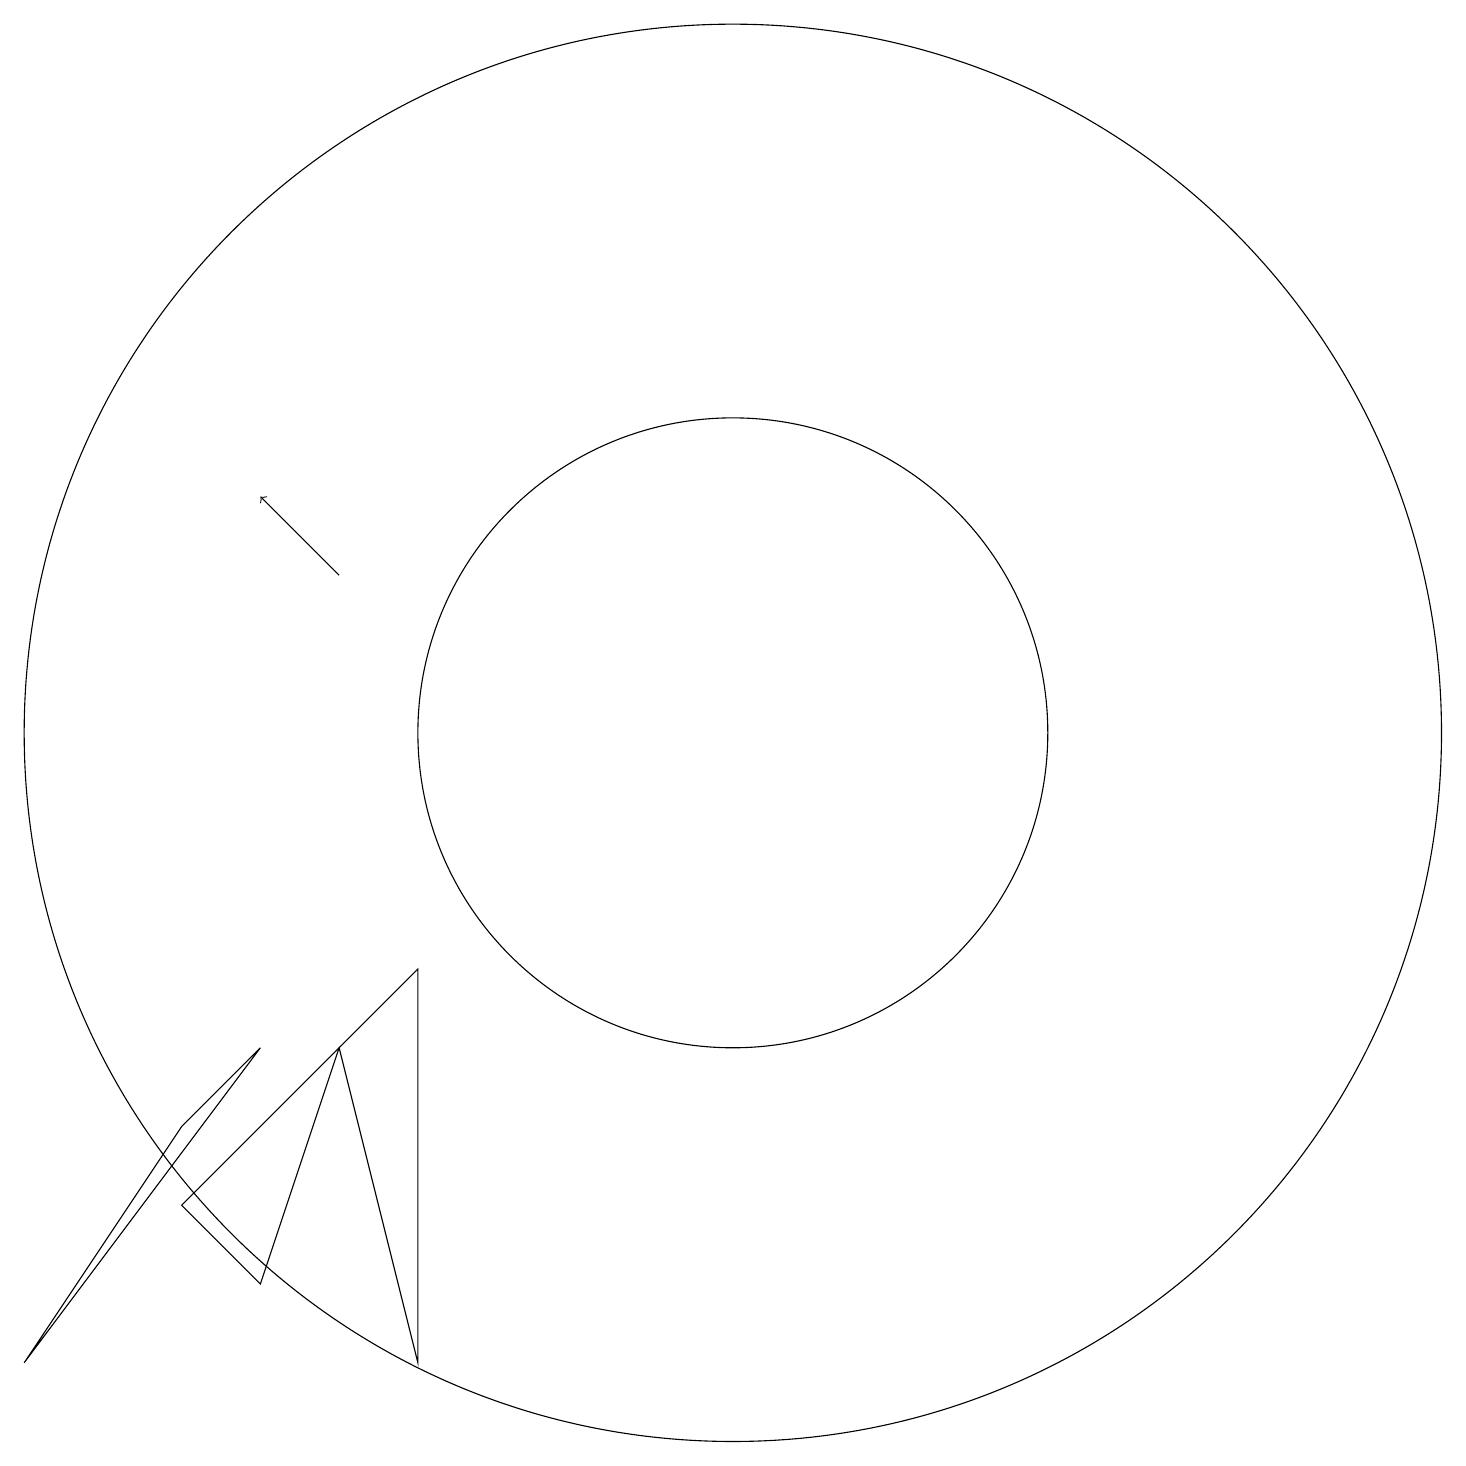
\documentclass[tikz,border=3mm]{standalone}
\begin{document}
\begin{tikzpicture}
\draw (4,4) -- (3,5) -- (5,7) -- cycle;
\draw (10,11) circle (9);
\draw (10,11) circle (4);
\draw (6,8) -- (6,3) -- (5,7) -- cycle;
\draw[->] (5,13) -- (4,14);
\draw (1,3) -- (4,7) -- (3,6) -- cycle;
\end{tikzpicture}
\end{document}